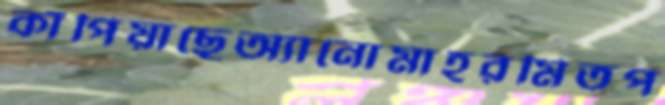
কাঁপিয়াছেঅ্যানোমাহরমিতপ